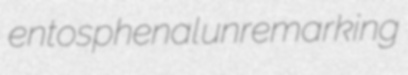
entosphenal unremarking